Report on vaccination in the Province of Bengal - 1869-1873
Year: 1869
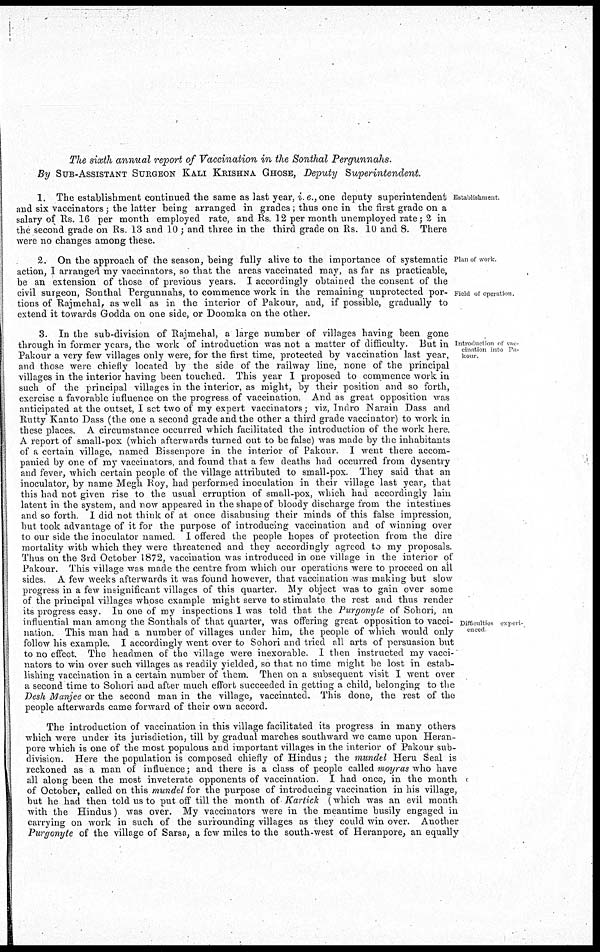
The sixth annual report of Vaccination in the Sonthal
Pergunnahs.
By SUB-ASSISTANT SURGEON KALI KRISHNA GHOSE, Deputy
Superintendent.
Establishment
1. The establishment continued the same as last year, i e., one deputy superintendent
and six vaccinators; the latter being arranged in grades; thus one in the first grade on a
salary of Rs. 16 per month employed rate, and Rs. 12 per month unemployed rate; 2 in
the second grade on Rs. 13 and 10 ; and three in the third grade on Rs. 10 and 8. There
were no changes among these.
Plan of work
Field of operation
2. On the approach of the season, being fully alive to the importance of systematic
action, I arranged my vaccinators, so that the areas vaccinated may, as far as practicable,
be an extension of those of previous years. I accordingly obtained the consent of the
civil surgeon, Sonthal Pergunnahs, to commence work in the remaining unprotected por-
tions of Rajmehal, as well as in the interior of Pakour, and, if possible, gradually to
extend it towards Godda on one side, or Doomka on the other.
Introduction of vac-
cination into Pa-
kour.
Difficulties
experi-
enced
3. In the sub-division of Rajmehal, a large number of villages having been gone
through in former years, the work of introduction was not a matter of difficulty. But in
Pakour a very few villages only were, for the first time, protected by vaccination last year,
and those were chiefly located by the side of the railway line, none of the principal
villages in the interior having been touched. This year I proposed to commence work in
such of the principal villages in the interior, as might, by their position and so forth,
exercise a favorable influence on the progress of vaccination. And as great opposition was
anticipated at the outset, I set two of my expert vaccinators; viz, Indro Narain Dass and
Rutty Kanto Dass (the one a second grade and the other a third grade vaccinator) to work in
these places. A circumstance occurred which facilitated the introduction of the work here.
A report of small-pox (which afterwards turned out to be false) was made by the inhabitants
of a certain village, named Bissenpore in the interior of Pakour. I went there accom-
panied by one of my vaccinators, and found that a few deaths had occurred from dysentry
and fever, which certain people of the village attributed to small-pox. They said that an
inoculator, by name Megh Roy, had performed inoculation in their village last year, that
this had not given rise to the usual erruption of small-pox, which had accordingly lain
latent in the system, and now appeared in the shape of bloody discharge from the intestines
and so forth. I did not think of at once disabusing their minds of this false impression,
but took advantage of it for the purpose of introducing vaccination and of winning over
to our side the inoculator named. I offered the people hopes of protection from the dire
mortality with which they were threatened and they accordingly agreed to my proposals.
Thus on the 3rd October 1872, vaccination was introduced in one village in the interior of
Pakour. This village was made the centre from which our operations were to proceed on all
sides. A few weeks afterwards it was found however, that vaccination was making but slow
progress in a few insignificant villages of this quarter. My object was to gain over some
of the principal villages whose example might serve to stimulate the rest and thus render
its progress easy. In one of my inspections I was told that the Purgonyte of Sohori, an
influential man among the Sonthals of that quarter, was offering great opposition to vacci-
nation. This man had a number of villages under him, the people of which would only
follow his example. I accordingly went over to Sohori and tried all arts of persuasion but
to no effect. The headmen of the village were inexorable. I then instructed my vacci-
nators to win over such villages as readily yielded, so that no time might be lost in estab-
lishing vaccination in a certain number of them. Then on a subsequent visit I went over
a second time to Sohori and after much effort succeeded in getting a child, belonging to the
Desh Manjee or the second man in the village, vaccinated. This done, the rest of the
people afterwards came forward of their own accord.
The introduction of vaccination in this village facilitated its progress in many others
which were under its jurisdiction, till by gradual marches southward we came upon Heran-
pore which is one of the most populous and important villages in the interior of Pakour sub-
division. Here the population is composed chiefly of Hindus; the mundel Heru Seal is
reckoned as a man of influence; and there is a class of people called moyras who have
all along been the most inveterate opponents of vaccination. I had once, in the month
of October, called on this mundel for the purpose of introducing vaccination in his village,
but he had then told us to put off till the month of Kartick (which was an evil month
with the Hindus) was over. My vaccinators were in the meantime busily engaged in
carrying on work in such of the surrounding villages as they could win over. Another
Purgonyte of the village of Sarsa, a few miles to the south-west of Heranpore, an equally